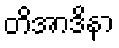
တိအာဒိနာ